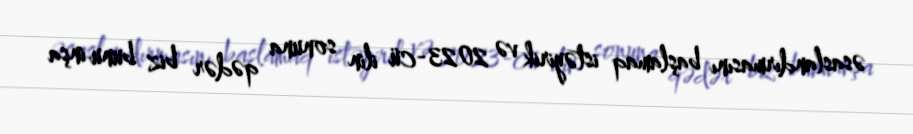
əsaslandırmasını başlamaq istəyirik və 2023-cü ilin sonuna qədər biz bunu inşa